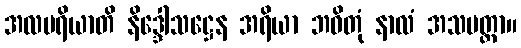
အလမရိယာတိ နိဒ္ဒေါသဋ္ဌေန အရိယာ ဘဝိတုံ နာလံ အသမတ္ထာ။